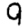
Digit: 9